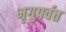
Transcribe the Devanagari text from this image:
भृगुपर्वत